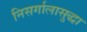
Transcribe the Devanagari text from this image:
निसर्गालासुद्धा